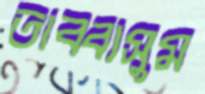
তাব্বাসুম